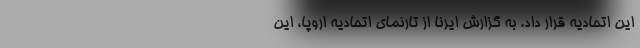
این اتحادیه قرار داد. به گزارش ایرنا از تارنمای اتحادیه اروپا، این